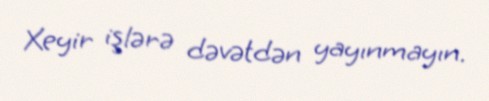
Xeyir işlərə dəvətdən yayınmayın.